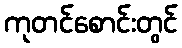
ကုတင်စောင်းတွင်